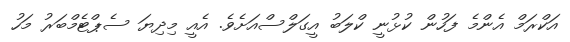
އަކްރަމް އެންމެ ފަހުން ކުޅުނީ ކްލަބު އީގަލްސްއަށެވެ. އެއީ މިދިޔަ ސެޕްޓެމްބަރު މަހު